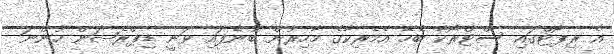
އެ ރިޕޯޓްގައި ސްޓްރޯކާ ބެހޭ އެމެރިކާގެ މާހިރުން ބުނެފައި ވަނީ ޑިޕްރެޝަން ހުންނަ